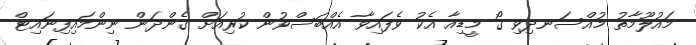
މައުލޫމާތު މުއްސަނދިވި ގޯ މީޑިއާ އެކު ވެފައިވާ އެއްބަސްވުން ކުރިއަށް ގެންދަން ނިންމައިފިނައިޓް